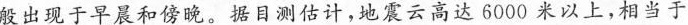
般出现于早晨和傍晚。据目测估计，地震云高达6000米以上，相当于